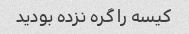
کیسه را گره نزده بودید